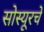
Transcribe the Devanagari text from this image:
सोस्यूरचे